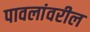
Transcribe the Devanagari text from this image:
पावलांवरील